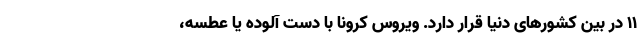
۱۱ در بین کشورهای دنیا قرار دارد. ویروس کرونا با دست آلوده یا عطسه،